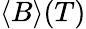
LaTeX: \langle B\rangle(T)